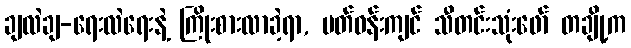
ချလဲချ-ရေးလဲရေးနဲ့ ကြိုးစားလာခဲ့ရာ, ပတ်ဝန်းကျင် သီတင်းသုံးဖော် တချို့က